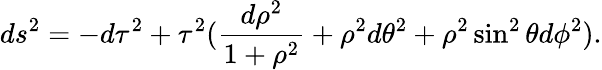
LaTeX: ds^{2}=-d\tau^{2}+\tau^{2}(\frac{d\rho^{2}}{1+\rho^{2}}+\rho^{2}d\theta^{2}+\rho^{2}\sin^{2}\theta d\phi^{2}).